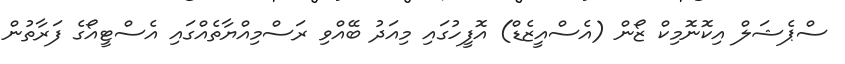
ސްޕެޝަލް އިކޮނޮމިކް ޒޯން (އެސްއީޒެޑް) އޮފީހުގައި މިއަދު ބޭއްވި ރަސްމިއްޔާތެއްގައި އެސްޓީއޯގެ ފަރާތުން